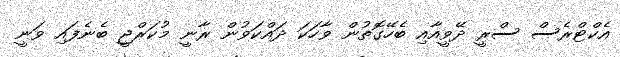
އެކްޓްރެސް ސްރީ ދޭވީއާއި ބެހޭގޮތުން ވާހަކަ ދައްކަވުން ރާނީ މުކަރްޖީ ބެނެފައި ވަނީ